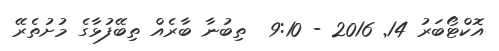
އޮކްޓޯބަރު 14